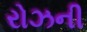
રોઝની